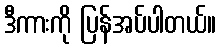
ဒီကားကို ပြန်အပ်ပါတယ်။